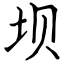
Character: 坝